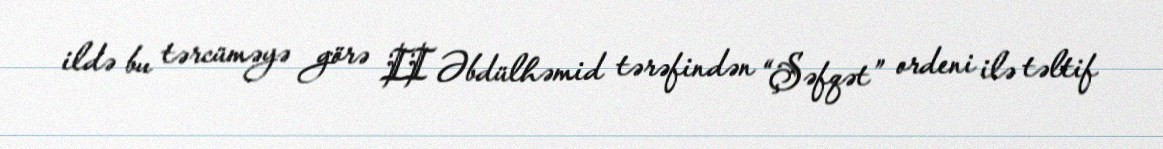
ildə bu tərcüməyə görə II Əbdülhəmid tərəfindən “Şəfqət” ordeni ilə təltif